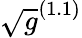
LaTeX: \sqrt{g}^{(1.1)}